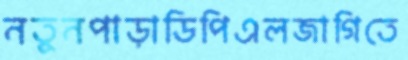
নতুনপাড়াডিপিএলজাগিতে